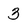
Character: 3